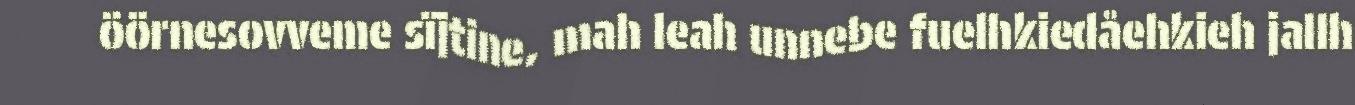
öörnesovveme sïjtine, mah leah unnebe fuelhkiedåehkieh jallh